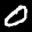
Label: 0